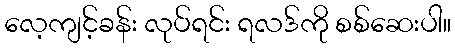
လေ့ကျင့်ခန်း လုပ်ရင်း ရလဒ်ကို စစ်ဆေးပါ။